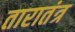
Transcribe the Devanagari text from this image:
तारातंत्र